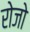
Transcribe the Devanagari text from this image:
रोजो